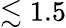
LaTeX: \lesssim 1.5